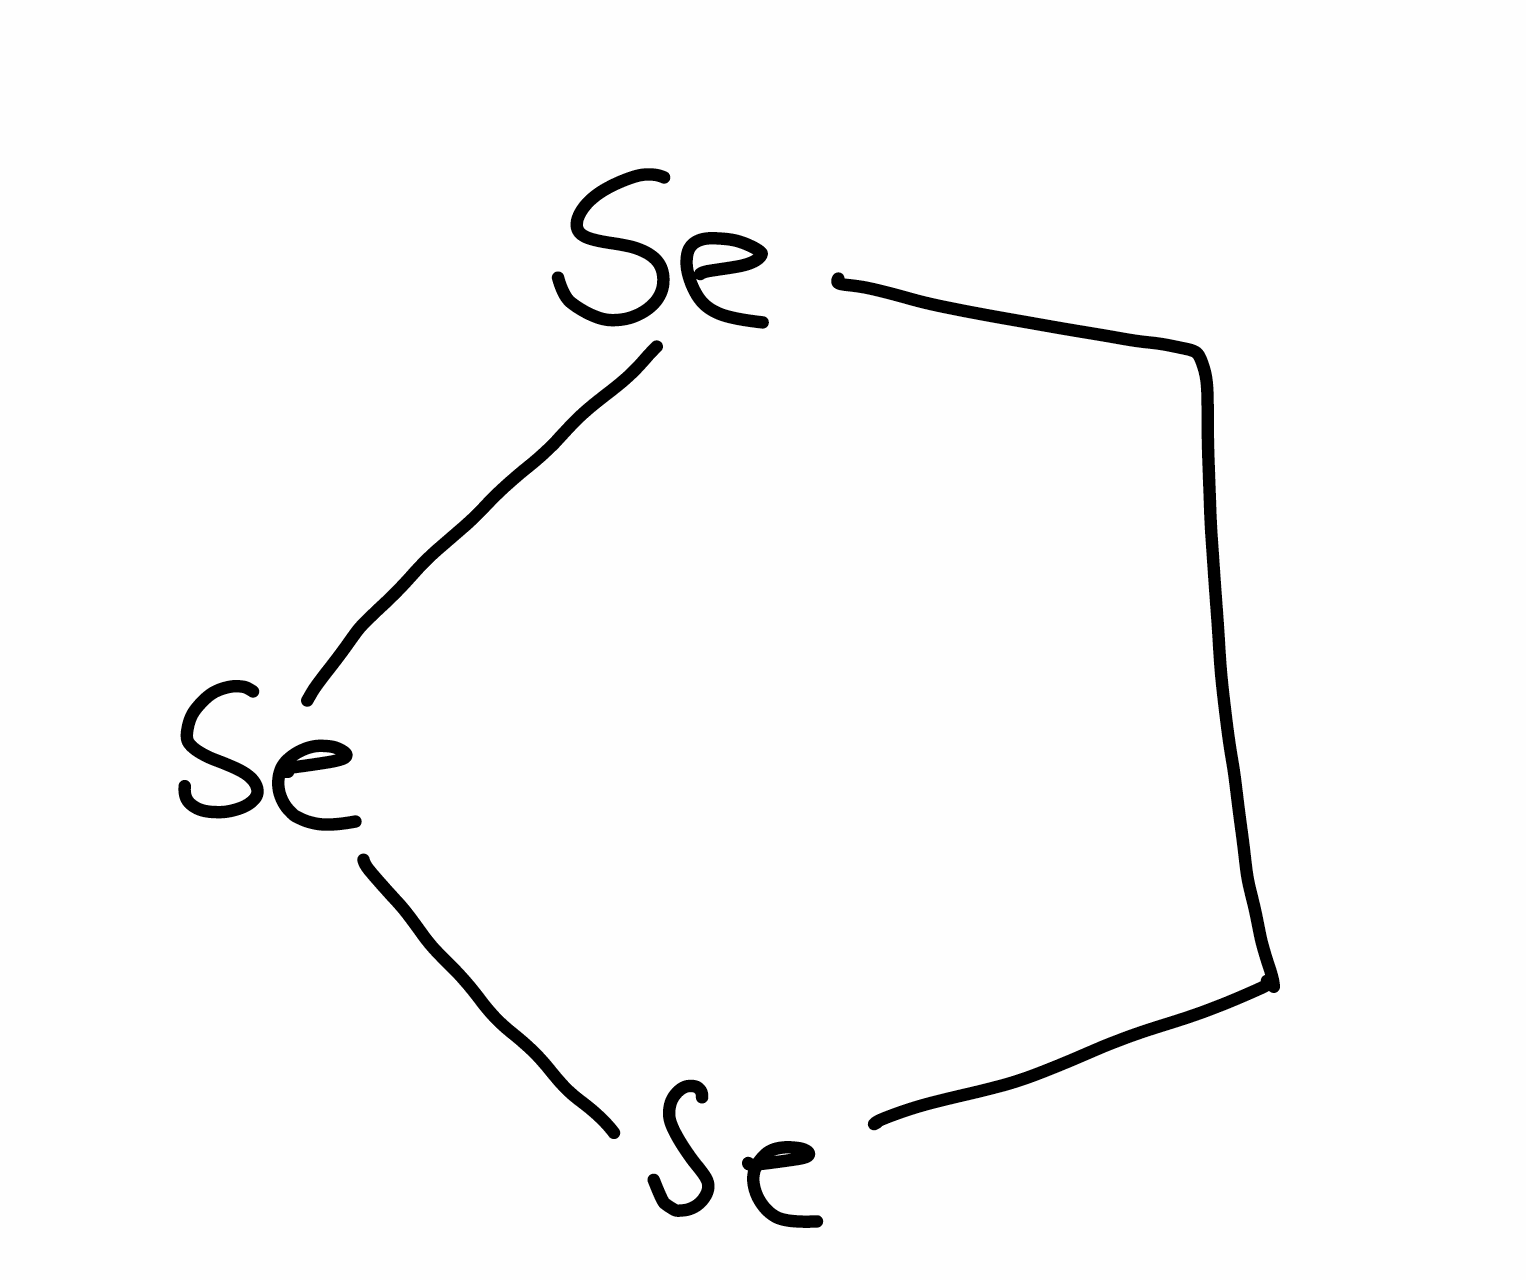
Simplified molecular-input line-entry system (SMILES) notation of the given molecule:
C1C[Se][Se][Se]1